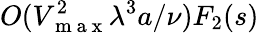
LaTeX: O(V_{\mathrm{~m~a~x~}}^{2}\lambda^{3}a/\nu)F_{2}(s)